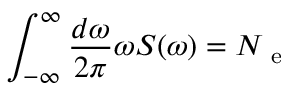
\int _ { - \infty } ^ { \infty } \frac { d \omega } { 2 \pi } \omega S ( \omega ) = N _ { \mathrm { ~ e ~ } }